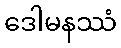
ဒေါမနဿံ